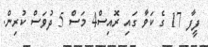
ފީފާ 17 ގެ ކަވާ ގައި ރޮއިސް4 މަސް 5 ދުވަސް ކުރިން.